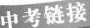
中考链接